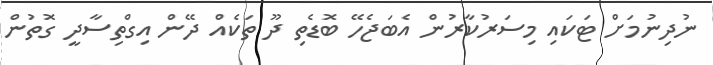
ނުދިނުމަށް ޓަކައި މިސަރުކާރުން އެބަޖެހޭ ބޮޑެތި ދޫ ތަކެއް ދޭން އިގްތިސާދީ ގޮތުން